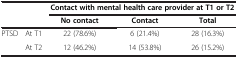
|  |  | <COLSPAN=3> Contact with mental health care provider at T1 or T2 |
 |  |  | No contact | Contact | Total |
 | --- | --- | --- | --- | --- |
 | <ROWSPAN=2> PTSD | At T1 | 22 (78.6%) | 6 (21.4%) | 28 (16.3%) |
 | At T2 | 12 (46.2%) | 14 (53.8%) | 26 (15.2%) |